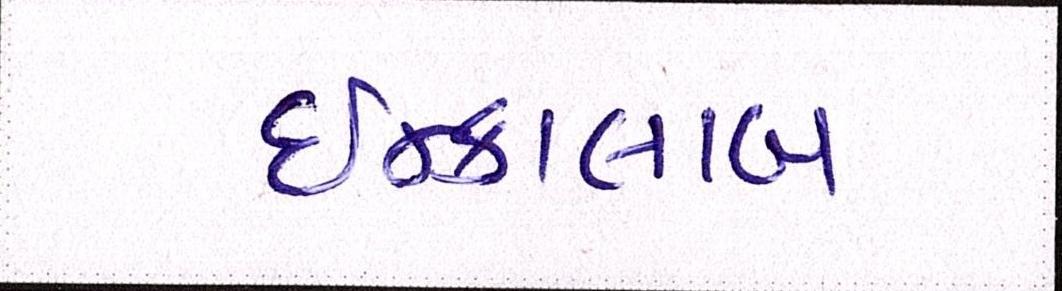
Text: ઇન્કાલાબ